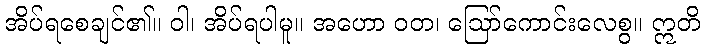
အိပ်ရစေချင်၏။ ဝါ၊ အိပ်ရပါမူ။ အဟော ဝတ၊ ဩော်ကောင်းလေစွ။ ဣတိ